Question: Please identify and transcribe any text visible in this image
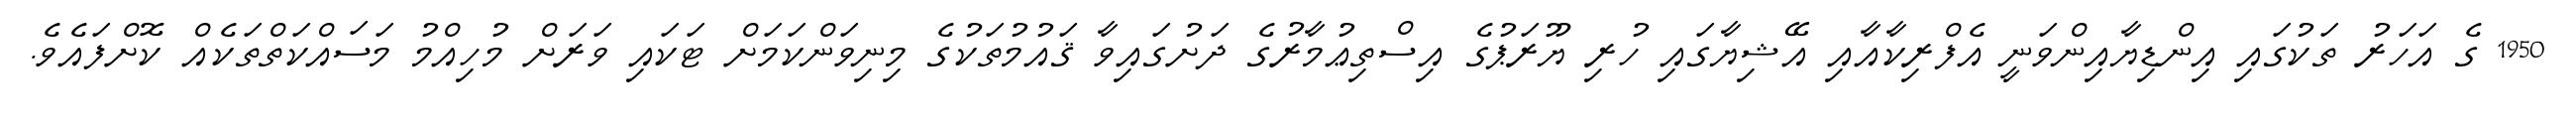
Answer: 1950 ގެ އަހަރު ތަކުގައި އިންޑިޔާއިންވަނީ އެފްރިކާއާއި އޭޝިޔާގައި ހުރި ޔޫރަޕުގެ އިސްތިޢުމާރުގެ ދަށުގައިވާ ޤައުމުތަކުގެ މިނިވަންކަމަށް ޓަކައި ވަރަށް މުހިއްމު މަސައްކަތްތަކެއް ކޮށްފައެވެ.